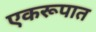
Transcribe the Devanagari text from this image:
एकरूपात